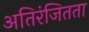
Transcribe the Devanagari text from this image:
अतिरंजितता